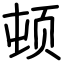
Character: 顿